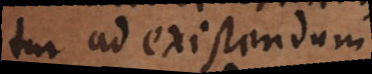
nisi ad existendum